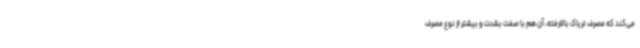
می‌کند که مصرف تریاک بالارفته، آن هم با صفت بشدت و بیشتر از نوع مصرف